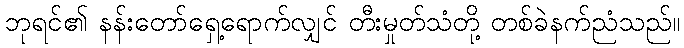
ဘုရင်၏ နန်းတော်ရှေ့ရောက်လျှင် တီးမှုတ်သံတို့ တစ်ခဲနက်ညံသည်။